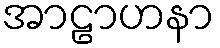
အာဠာဟနာ